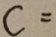
C =